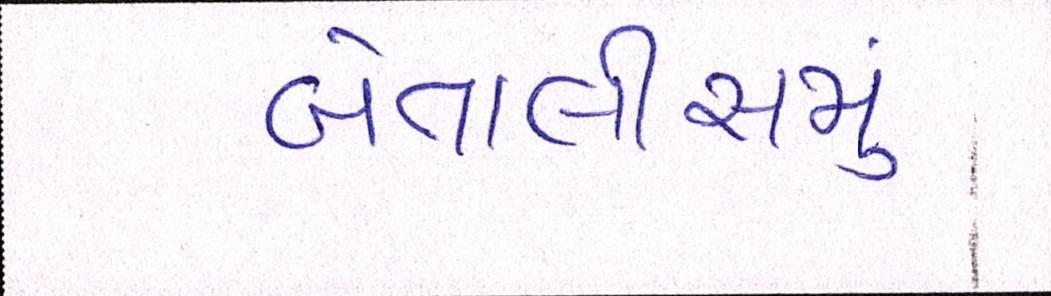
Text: બેતાલીસમું